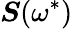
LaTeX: \boldsymbol{S}(\omega^{*})